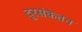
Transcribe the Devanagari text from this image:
दूरसंकेतन